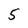
Character: 5